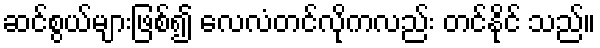
ဆင်စွယ်များဖြစ်၍ လေလံတင်လိုကလည်း တင်နိုင် သည်။